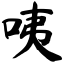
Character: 咦